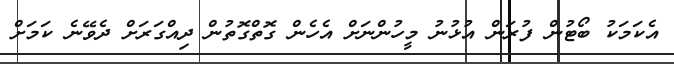
އެކަމަކު ބޯޓުން ފުރަން އުޅުނު މީހުންނަށް އެހެން ގޮތްގޮތުން ދިއްގަރަށް ދެވޭނެ ކަމަށް